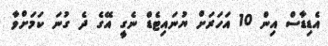
އެޑިޑާސް އިން 10 އަހަރަށް ޔުނައިޓެޑް ނެގީ އޭގެ ދެ ގުނަ ކަމަށްވާ